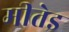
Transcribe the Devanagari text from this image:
मीतेइ